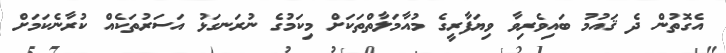
އެގޮތުން ދެ ޤައުމު ބައިވެރިވާ ވިޔަފާރީގެ މުއާމަލާތްތަކަށް މިކަމުގެ ނުރަނގަޅު އަސަރުތަކެއް ކުރާނެކަމަށް